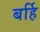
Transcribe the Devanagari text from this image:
बर्हि